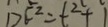
D E ^ { 2 } = t ^ { 2 } + 1